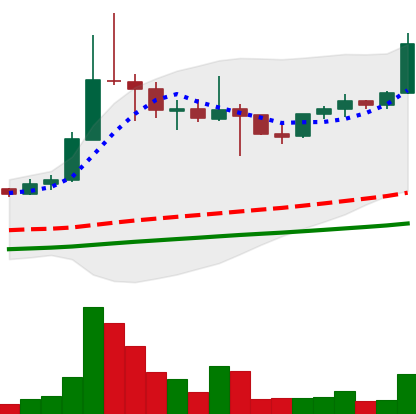
Ticker: ETC-USD
Chart end date: 2021-05-01
Forward return: 200.614%
Label: up_7plus